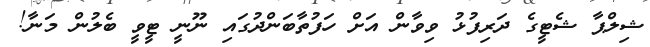
ޝިލްޕާ ޝެޓީގެ ދަރިފުޅު ވިވާން އަށް ހަފުތާބަންދުގައި ނޫނީ ޓީވީ ބެލުން މަނާ!